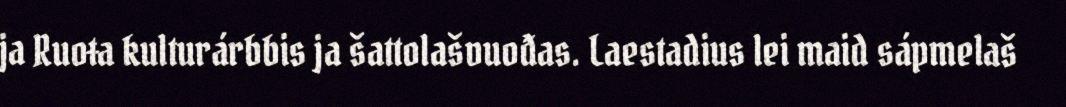
ja Ruoŧa kulturárbbis ja šattolašvuođas. Laestadius lei maid sápmelaš